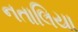
નતાલિયા